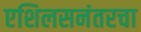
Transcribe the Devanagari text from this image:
एशिलसनंतरचा